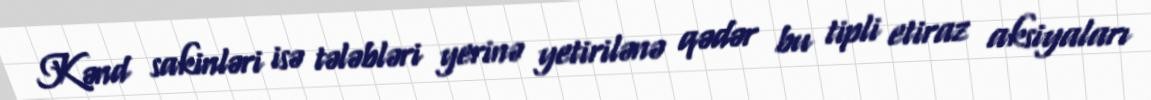
Kənd sakinləri isə tələbləri yerinə yetirilənə qədər bu tipli etiraz aksiyaları